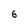
Character: 6